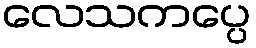
လေသကပ္ပေ